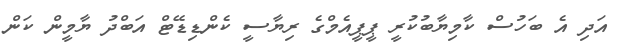
އަދި އެ ބަހުސް ކާމިޔާބުކުރީ ޕީޕީއެމްގެ ރިޔާސީ ކެންޑިޑޭޓް އަބްދު ޔާމީން ކަން